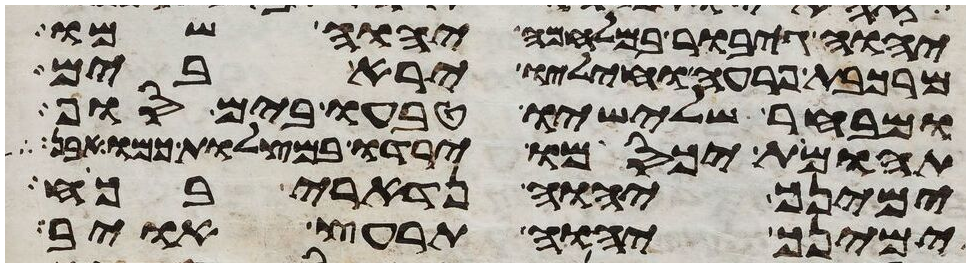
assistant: יהוה גיבור במלחמה יהוה שמו
מרכבת פרעה וחיליו ירא בים
ומבחר שלישיו טבעו בים סוף
תהומות יכסמו ירדו במצלות כמו אבן
ימינך יהוה נדארי בכח
ימינך יהוה תרעץ אויב